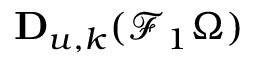
\mathbf { D } _ { u , k } ( \mathcal { F } _ { 1 } \Omega )